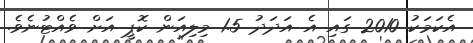
އެކަމަކު 2010 ގައި އެ އަދަދު 1.5 މިލިއަން ކޮޕީ އަށް ވެއްޓުނެވެ.